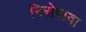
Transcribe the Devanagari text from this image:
निरोपावा